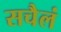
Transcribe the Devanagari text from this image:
सचैलं